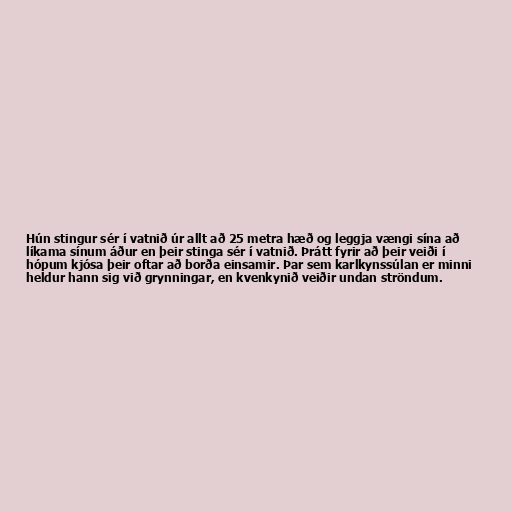
Hún stingur sér í vatnið úr allt að 25 metra hæð og leggja vængi sína að
líkama sínum áður en þeir stinga sér í vatnið. Þrátt fyrir að þeir veiði í
hópum kjósa þeir oftar að borða einsamir. Þar sem karlkynssúlan er minni
heldur hann sig við grynningar, en kvenkynið veiðir undan ströndum.